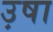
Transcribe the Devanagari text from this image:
उ़षा